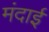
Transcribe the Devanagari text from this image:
मंदाई